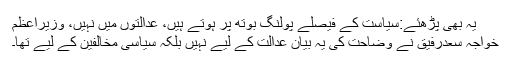
یہ بھی پڑھئے:سیاست کے فیصلے پولنگ بوتھ پر ہوتے ہیں، عدالتوں میں نہیں، وزیراعظم
خواجہ سعدرفیق نے وضاحت کی یہ بیان عدالت کے لیے نہیں بلکہ سیاسی مخالفین کے لیے تھا۔